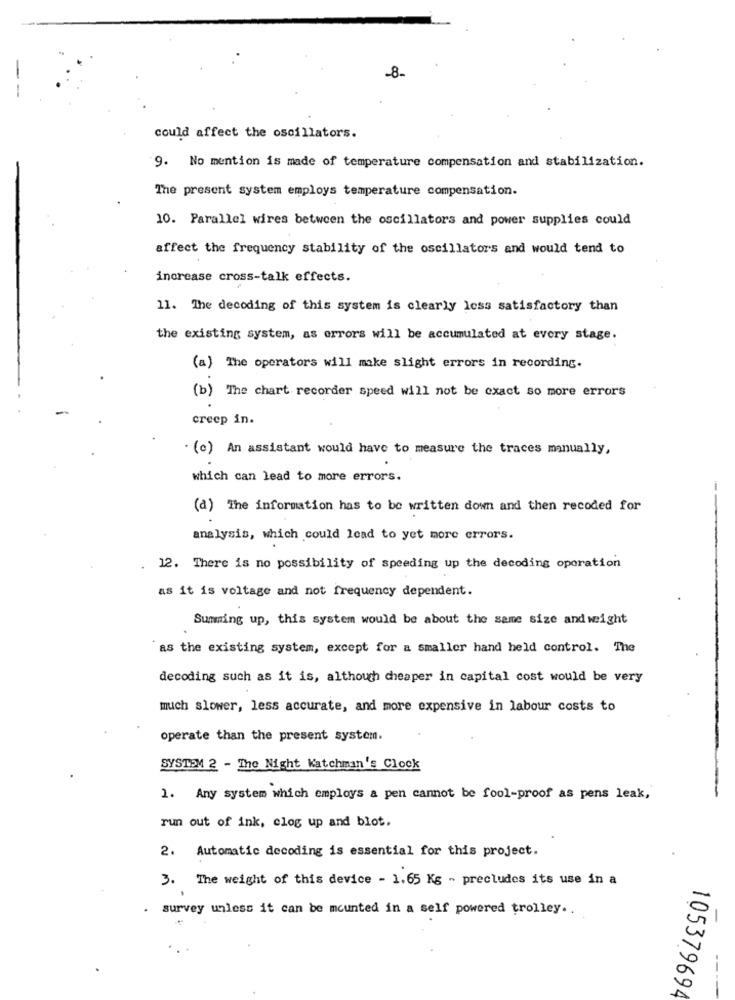
-8-
could affect the oscillators.
9. No mention is made of temperature compensation and stabilization.
The present system employs temperature compensation.
10. Parallel wires between the oscillators and power supplies could
affect the frequency stability of the oscillators and would tend to
increase cross-talk effects.
11. The decoding of this system is clearly less satisfactory than
the existing system, as errors will be accumulated at every stage.
(a) The operators will make slight errors in recording.
(b) The chart recorder speed will not be exact so more errors
creep in.
. (c) An assistant would have to measure the traces manually,
which can lead to more errors.
(a) The information has to be written down and then recoded for
analysis, which could lead to yet more errors.
12. There is no possibility of speeding up the decoding operation
as it is voltage and not frequency dependent.
Summing up, this system would be about the same size and weight
as the existing system, except for a smaller hand held control. The
decoding such as it is, although cheaper in capital cost would be very
much slower, less accurate, and more expensive in labour costs to
operate than the present system.
SYSTEM 2 - The Night Watchman's Clock
1. Any system which employs a pen cannot be fool-proof as pens leak,
run out of ink, clog up and blot.
2. Automatic decoding is essential for this project.
3. The weight of this device - 1.65 Kg - precludes its use in a
survey unless it can be mounted in a self powered trolley ..
105379694
--